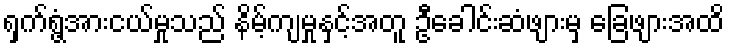
ရှက်ရွံ့အားငယ်မှုသည် နိမ့်ကျမှုနှင့်အတူ ဦခေါင်းဆံဖျားမှ ခြေဖျားအထိ